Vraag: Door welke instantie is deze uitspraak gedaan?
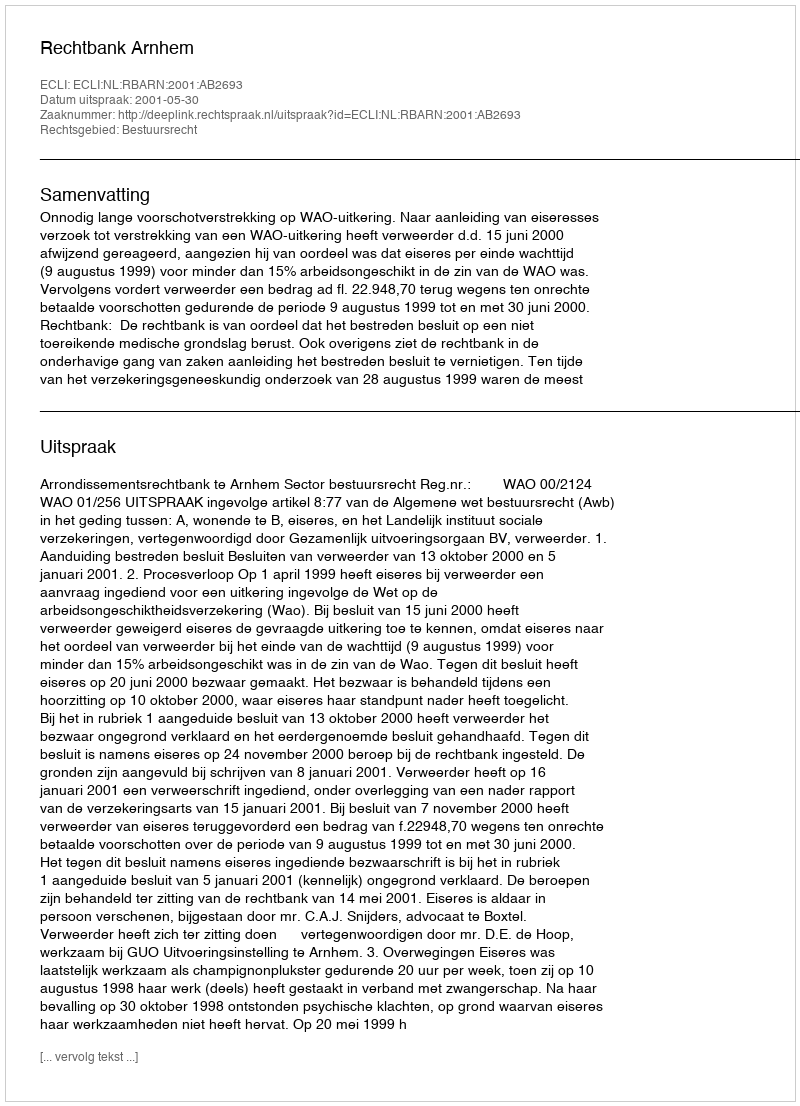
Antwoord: Rechtbank Arnhem